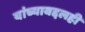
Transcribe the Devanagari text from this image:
यांच्याबद्दलही